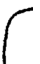
(